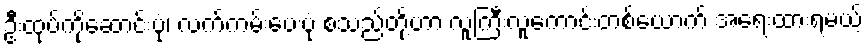
ဦးထုပ်ကိုဆောင်းပုံ၊ လက်ကမ်းပေးပုံ စသည်တို့ဟာ လူကြီးလူကောင်းတစ်ယောက် အရေးထားရမယ့်